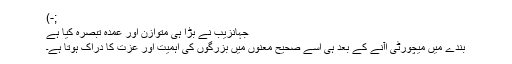
;-)
جہانزیب نے بڑا ہی متوازن اور عمدہ تبصرہ کیا ہے
بندے میں میچورٹی اآنے کے بعد ہی اسے صحیح معنوں میں بزرگوں کی اہمیت اور عزت کا دراک ہوتا ہے۔